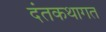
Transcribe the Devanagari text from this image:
दंतकथागत